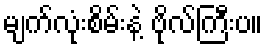
မျက်လုံးစိမ်းနဲ့ ဗိုလ်ကြီးပ။